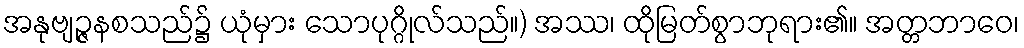
အနုဗျဉ္ဇနစသည်၌ ယုံမှား သောပုဂ္ဂိုလ်သည်။) အဿ၊ ထိုမြတ်စွာဘုရား၏။ အတ္တဘာဝေ၊